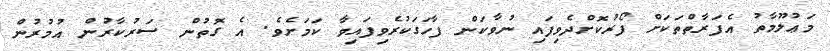
މަޢުލޫމާތު އެފަރާތްތަކަށް ފޯރުކޮށްދެވިފައި ނުވާކަން ފާހަގަކުރެވިފައިވާ ކަމަށެވެ. އެ ގޮތުން ސަރުކާރުން އުމުރުން